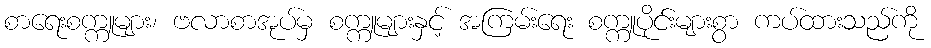
စာရေးစက္ကူများ၊ ဗလာစာအုပ်မှ စက္ကူများနှင့် အကြမ်းရေး စက္ကူပိုင်းများစွာ ကပ်ထားသည်ကို